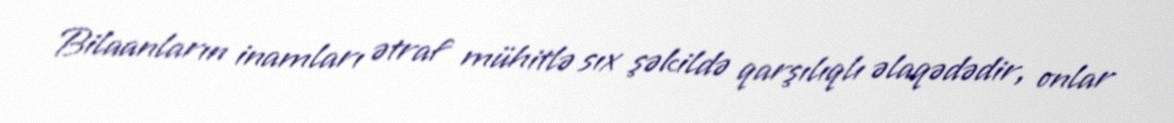
Bilaanların inamları ətraf mühitlə sıx şəkildə qarşılıqlı əlaqədədir, onlar